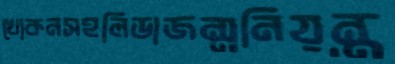
খোকনসহলিডাজন্মনিয়ন্ত্